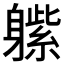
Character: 𲄬